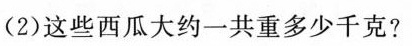
(2)这些西瓜大约一共重多少千克?